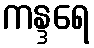
ကန္ဒရေ